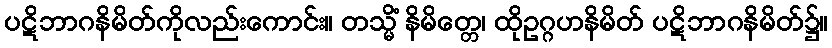
ပဋိဘာဂနိမိတ်ကိုလည်းကောင်း။ တသ္မိံ နိမိတ္တေ၊ ထိုဥဂ္ဂဟနိမိတ် ပဋိဘာဂနိမိတ်၌။